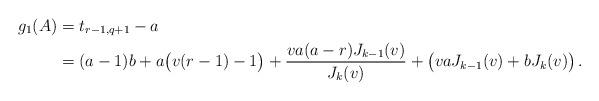
LaTeX: \begin{align*} g_1(A)&=t_{r-1,q+1}-a\\&=(a-1)b+a\bigl(v(r-1)-1\bigr)+\dfrac{v a(a-r)J_{k-1}(v)}{J_k(v)}+\bigl(v a J_{k-1}(v)+b J_k(v)\bigr)\,. \end{align*}